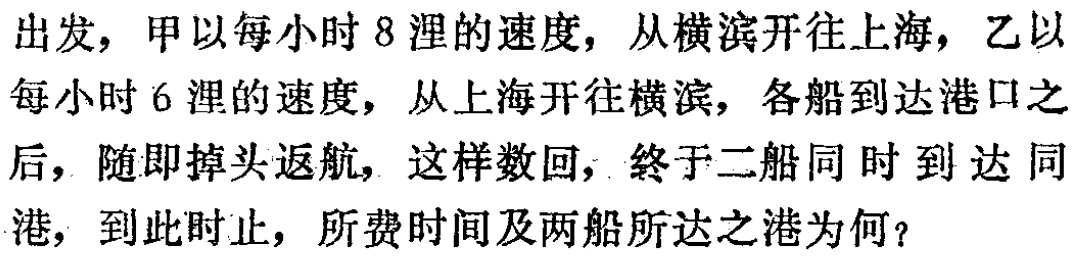
出发，甲以每小时 8 浬的速度，从横滨开往上海，乙以每小时 6 浬的速度，从上海开往横滨，各船到达港口之后，随即掉头返航，这样数回，终于二船同时到达同港，到此时止，所费时间及两船所达之港为何？